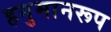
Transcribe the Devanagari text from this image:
हनुमानरूप